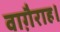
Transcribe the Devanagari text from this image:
वाग़ैराह।